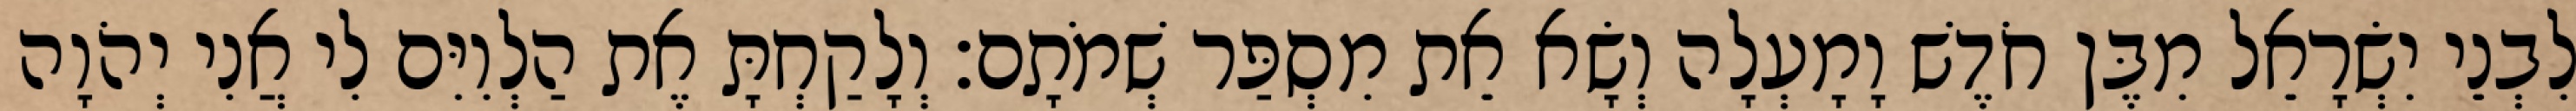
לִבְנֵי יִשְׂרָאֵל מִבֶּן חֹדֶשׁ וָמָעְלָה וְשָׂא אֵת מִסְפַּר שְׁמֹתָם׃ וְלָקַחְתָּ אֶת הַלְוִיִּם לִי אֲנִי יְהֹוָה